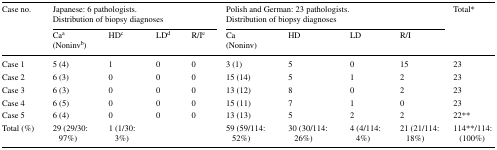
| <ROWSPAN=2> Case no. | <COLSPAN=4> Japanese: 6 pathologists.Distribution of biopsy diagnoses | <COLSPAN=4> Polish and German: 23 pathologists.Distribution of biopsy diagnoses | <ROWSPAN=2> Total* |
 | Caa(Noninvb) | HDc | LDd | R/Ie | Ca(Noninv) | HD | LD | R/I |
 | --- | --- | --- | --- | --- | --- | --- | --- | --- | --- |
 | Case 1 | 5 (4) | 1 | 0 | 0 | 3 (1) | 5 | 0 | 15 | 23 |
 | Case 2 | 6 (3) | 0 | 0 | 0 | 15 (14) | 5 | 1 | 2 | 23 |
 | Case 3 | 6 (3) | 0 | 0 | 0 | 13 (12) | 8 | 0 | 2 | 23 |
 | Case 4 | 6 (5) | 0 | 0 | 0 | 15 (11) | 7 | 1 | 0 | 23 |
 | Case 5 | 6 (4) | 0 | 0 | 0 | 13 (13) | 5 | 2 | 2 | 22** |
 | Total (%) | 29 (29/30:97%) | 1 (1/30:3%) |  |  | 59 (59/114:52%) | 30 (30/114:26%) | 4 (4/114:4%) | 21 (21/114:18%) | 114**/114: (100%) |